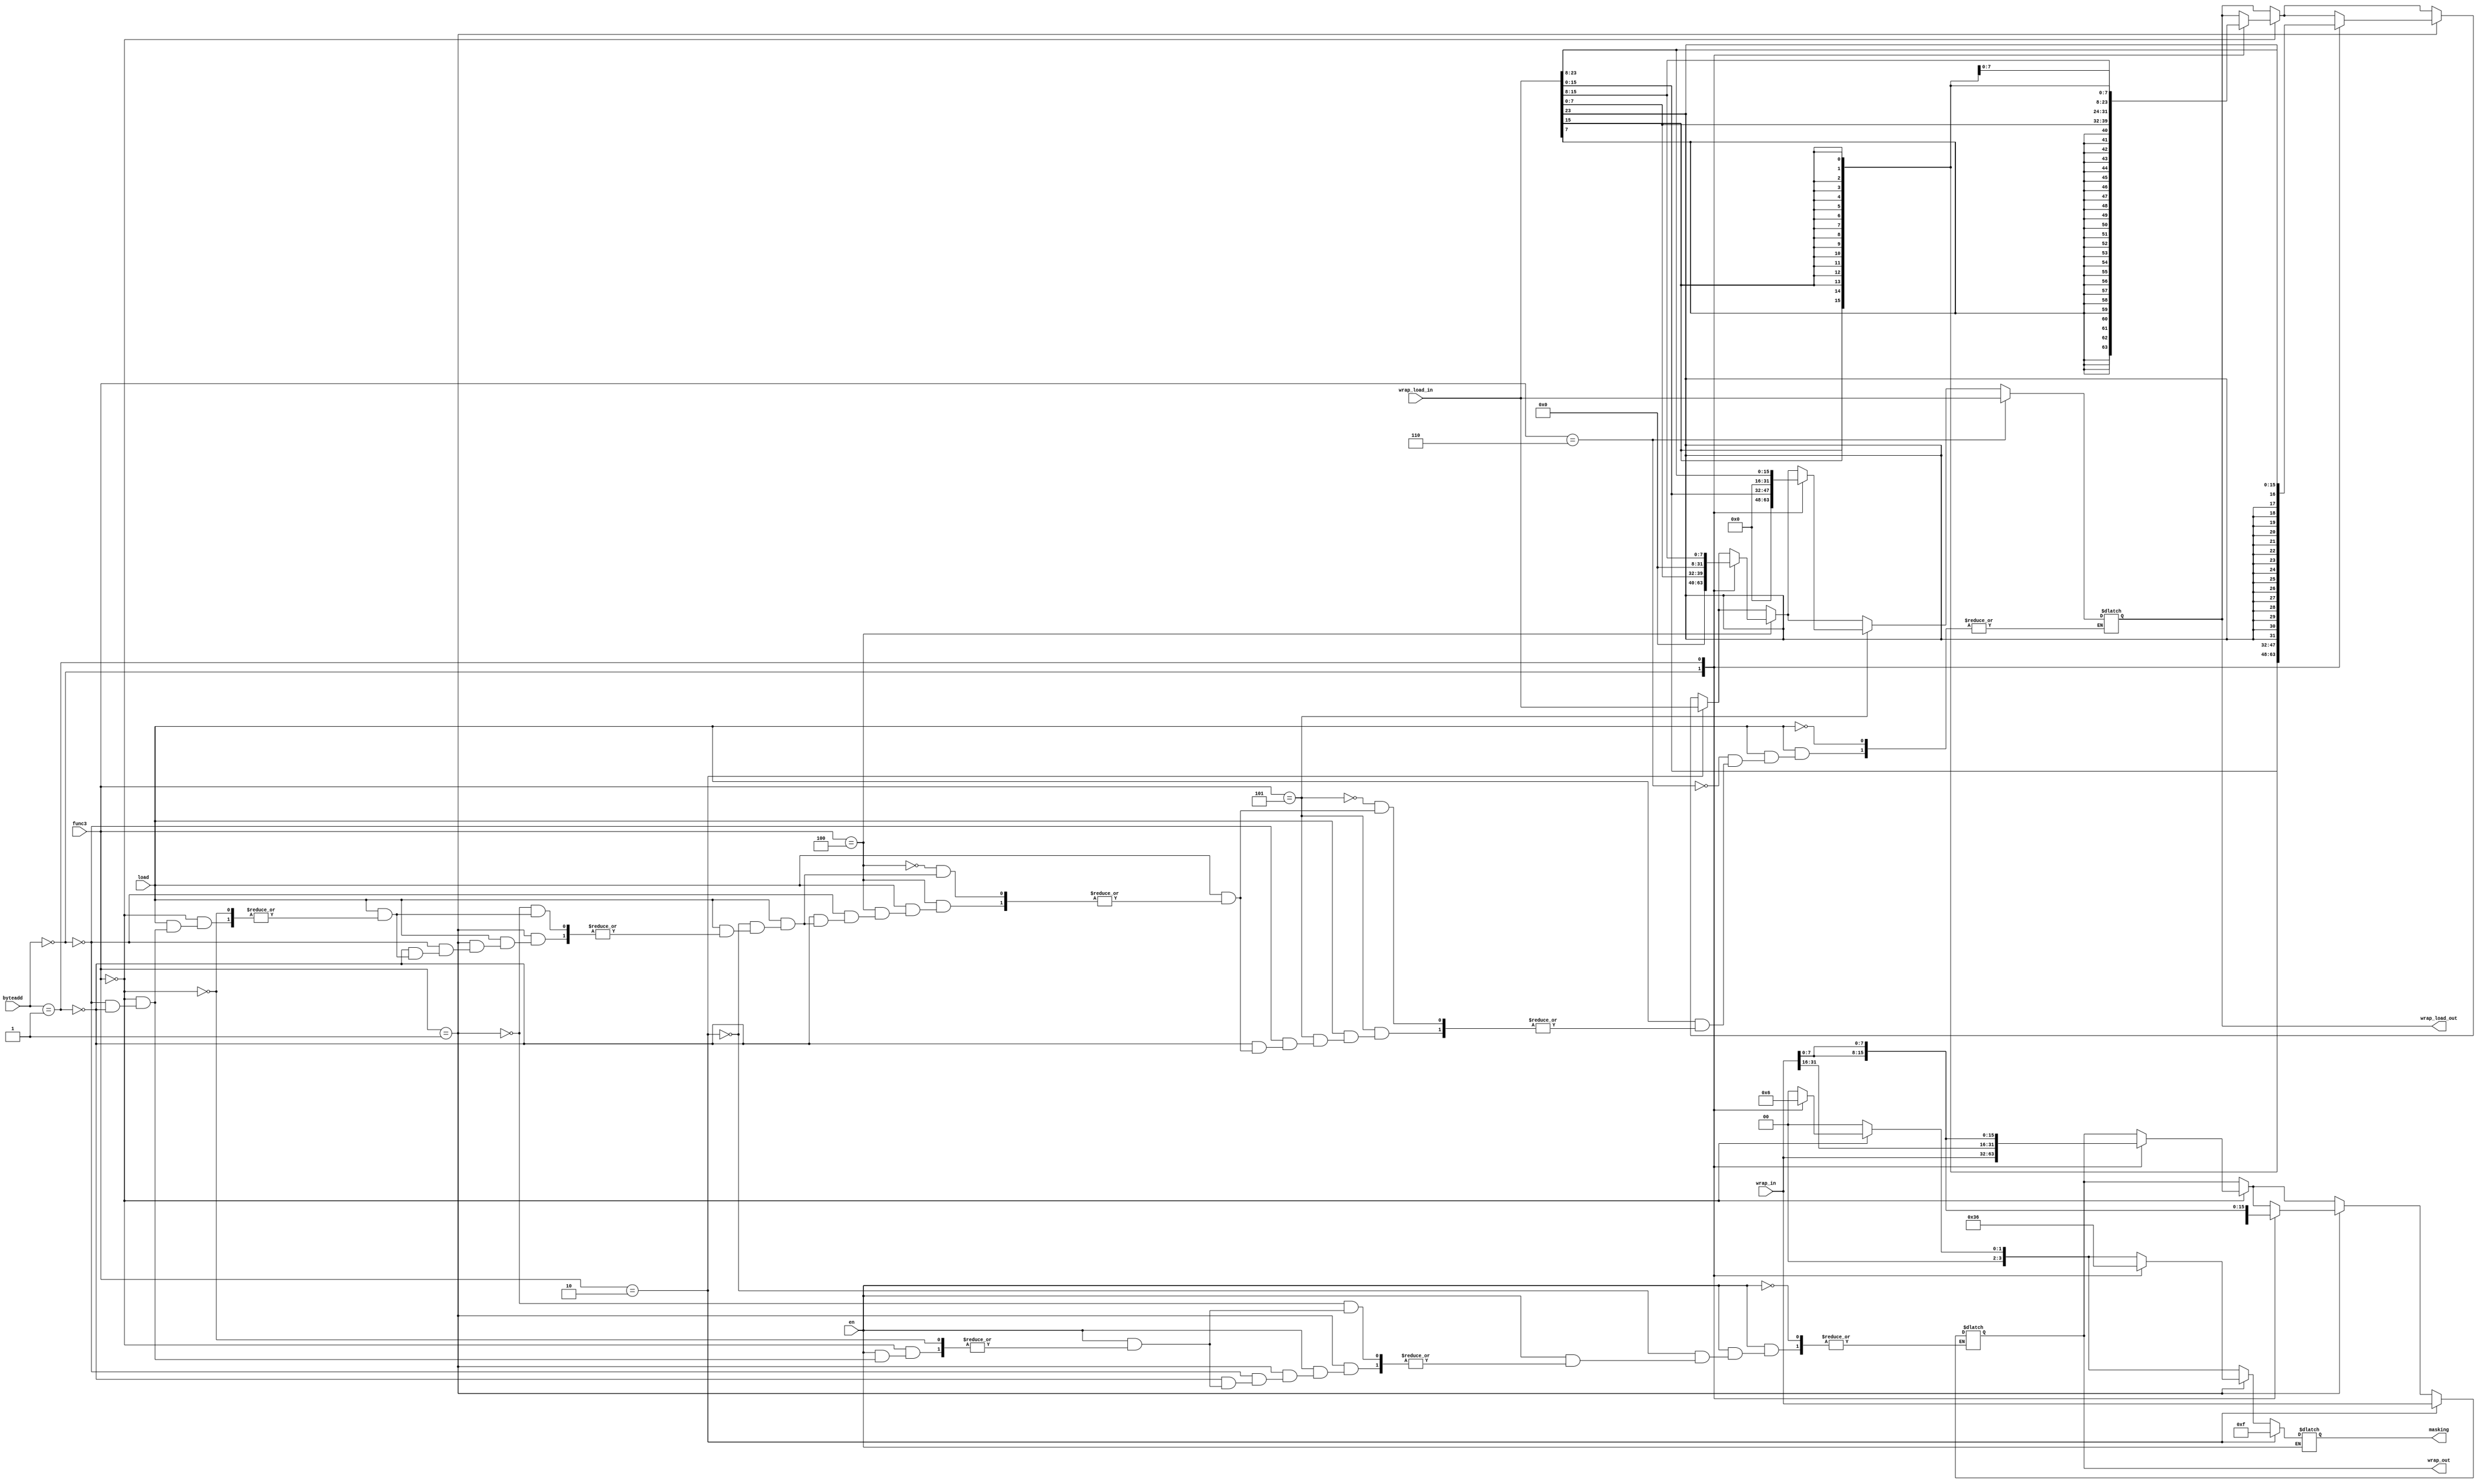
 module wrapmem (wrap_in,func3,en,load,wrap_load_in,masking,wrap_out,wrap_load_out,byteadd);
    input wire [31:0] wrap_in;
    input wire [1:0] byteadd;
    input wire [2:0] func3;
    input wire en;
    input wire load;
    input wire [31:0]wrap_load_in;
    output reg [3:0] masking;
    output reg [31:0] wrap_out;
    output reg [31:0] wrap_load_out;
    
    

    always @(*) begin
        if (en) begin
            masking = 4'b0000;
            if(func3==3'b000)begin //sb
               case (byteadd)
                00: begin
                    masking = 4'b0001;
                    wrap_out = wrap_in;
                end
                01: begin
                    masking = 4'b0010;
                    wrap_out = {wrap_in[31:16],wrap_in[7:0],wrap_in[7:0]};
                end
                10: begin
                    masking = 4'b0100;
                    wrap_out = {wrap_in[31:24],wrap_in[7:0],wrap_in[15:0]};
                end
                11: begin
                    masking = 4'b1000;
                    wrap_out = {wrap_in[7:0],wrap_in[23:0]};
                end
               endcase 
            end

            if(func3==3'b001)begin //sh
                case (byteadd)
                 00: begin
                    masking = 4'b0011;
                    wrap_out = wrap_in;
                 end
                 01: begin
                    masking = 4'b0110;
                    wrap_out = {wrap_in[31:24],wrap_in[15:0],wrap_in[7:0]};
                 end
                 10: begin
                    masking = 4'b1100;
                    wrap_out = {wrap_in[15:0],wrap_in[15:0]};
                 end
                endcase   
            end

            if(func3==3'b010) begin //sw
                masking = 4'b1111;
                wrap_out = wrap_in;
            end
        end
    

        if (load)begin
            if(func3==3'b000)begin //lb
                case (byteadd)
                00: begin 
                    wrap_load_out = {{24{wrap_load_in[7]}},wrap_load_in[7:0]};
                end
                01: begin
                    wrap_load_out = {{24{wrap_load_in[15]}},wrap_load_in[15:8]};
                end
                10: begin
                    wrap_load_out = {{24{wrap_load_in[23]}},wrap_load_in[23:16]};
                end
                11: begin
                    wrap_load_out = {{24{wrap_load_in[31]}},wrap_load_in[31:24]};
                end
               endcase
            end

            if(func3==3'b001)begin //lh
                case (byteadd)
                 00: begin
                    wrap_load_out = {{16{wrap_load_in[15]}},wrap_load_in[15:0]};
                 end
                 01: begin
                    wrap_load_out = {{16{wrap_load_in[23]}},wrap_load_in[23:8]};
                 end
                 10: begin
                    wrap_load_out = {{16{wrap_load_in[31]}},wrap_load_in[31:16]};
                 end
                endcase   
            end

            if(func3==3'b010) begin //lw
                wrap_load_out = wrap_load_in;
            end

            if(func3==3'b100)begin //lbu
                case (byteadd)
                00: begin 
                    wrap_load_out = {24'b0,wrap_load_in[7:0]};
                end
                01: begin
                    wrap_load_out = {24'b0,wrap_load_in[15:8]};
                end
                10: begin
                    wrap_load_out = {24'b0,wrap_load_in[23:16]};
                end
                11: begin
                    wrap_load_out = {24'b0,wrap_load_in[31:24]};
                end
               endcase
            end

            if(func3==3'b101)begin //lhu
                case (byteadd)
                 00: begin
                    wrap_load_out = {16'b0,wrap_load_in[15:0]};
                 end
                 01: begin
                    wrap_load_out = {16'b0,wrap_load_in[23:8]};
                 end
                 10: begin
                    wrap_load_out = {16'b0,wrap_load_in[31:16]};
                 end
                endcase   
            end

            if(func3==3'b110) begin //lwu
                wrap_load_out = wrap_load_in;
            end
        end
        
    end


endmodule